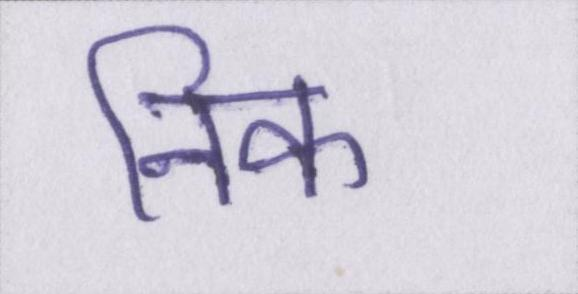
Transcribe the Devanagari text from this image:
निक